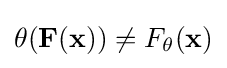
\theta (\mathbf {F} (\mathbf {x} ))\neq F_{\theta }(\mathbf {x} )